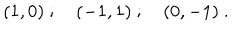
( 1 , 0 ) \ ; \quad ( - 1 , 1 ) \ ; \quad ( 0 , - 1 ) \ .